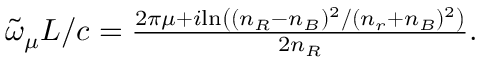
\begin{array} { r } { \tilde { \omega } _ { \mu } L / c = \frac { 2 \pi \mu + i \mathrm { l n } \left( ( n _ { R } - n _ { B } ) ^ { 2 } / ( n _ { r } + n _ { B } ) ^ { 2 } \right) } { 2 n _ { R } } . } \end{array}